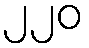
၂၂၀